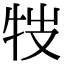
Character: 𤘸